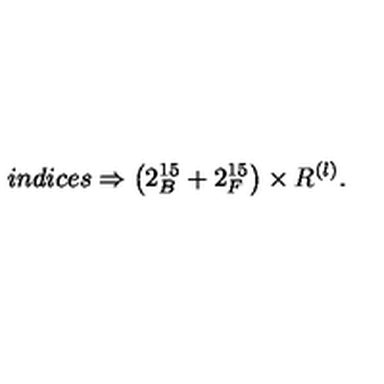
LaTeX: i n d i c e s \Rightarrow \left( 2 _ { B } ^ { 1 5 } + 2 _ { F } ^ { 1 5 } \right) \times R ^ { \left( l \right) } .